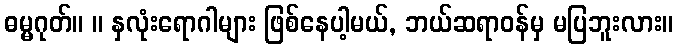
ဓမ္မဂုတ်။ ။ နှလုံးရောဂါများ ဖြစ်နေပါ့မယ်, ဘယ်ဆရာဝန်မှ မပြဘူးလား။